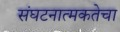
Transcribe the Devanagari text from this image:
संघटनात्मकतेचा